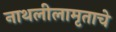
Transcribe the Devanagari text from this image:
नाथलीलामृताचे